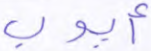
أيوب